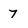
Character: 7